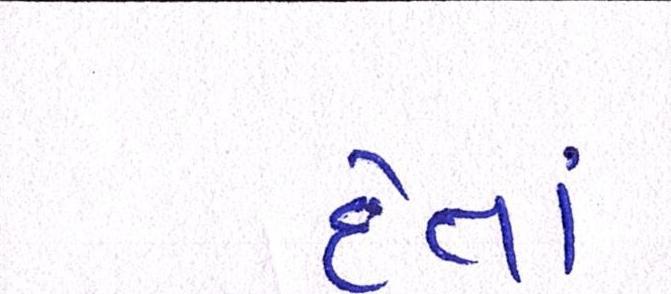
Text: દેતાં